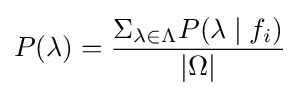
P(\lambda )={\frac {\Sigma _{\lambda \in \Lambda }P(\lambda \mid f_{i})}{|\Omega |}}